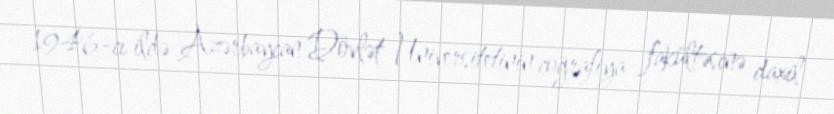
1946-cı ildə Azərbaycan Dövlət Universitetinin coğrafiya fakültəsinə daxil